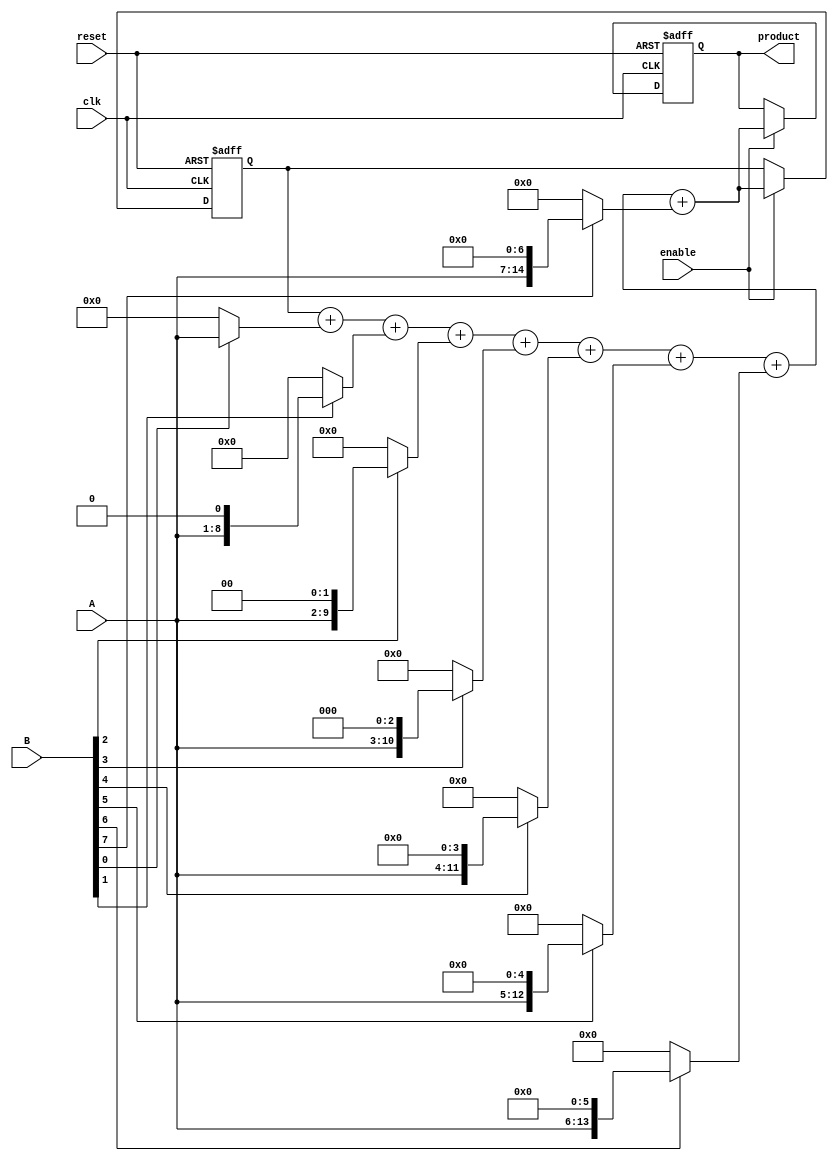
module radix2_multiplier #(parameter n = 8) (
    input  wire [n-1:0] A,        // First operand
    input  wire [n-1:0] B,        // Second operand
    input  wire clk,              // Clock signal
    input  wire reset,            // Reset signal
    input  wire enable,           // Enable signal
    output reg [2*n-1:0] product  // Product output
);

    reg [2*n-1:0] partial_products [0:n-1]; // Array to hold partial products
    reg [2*n-1:0] sum;                       // Sum of partial products
    integer i;

    // Generate partial products
    always @(posedge clk or posedge reset) begin
        if (reset) begin
            product <= 0;
            sum <= 0;
        end else if (enable) begin
            // Initialize sum to zero
            sum <= 0;

            // Generate partial products
            for (i = 0; i < n; i = i + 1) begin
                partial_products[i] = (B[i] ? (A << i) : 0);
                sum = sum + partial_products[i]; // Accumulate the sum
            end
            
            product <= sum; // Assign the final product
        end
    end

endmodule